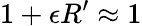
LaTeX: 1+\epsilon R^{\prime}\approx 1